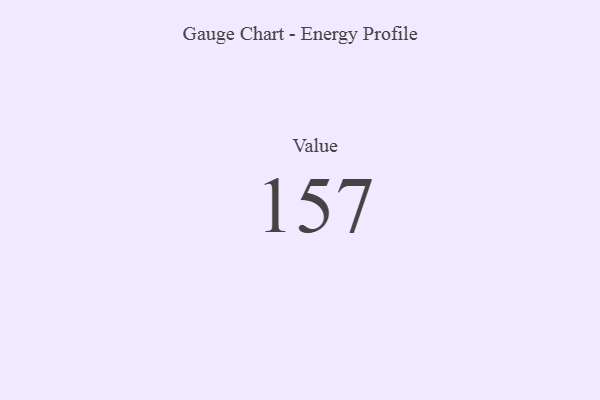
{"axis": {"x": "Metric", "y": "Value"}, "legend": [""], "data": [{"x": "Value", "y": 157, "type": ""}]}